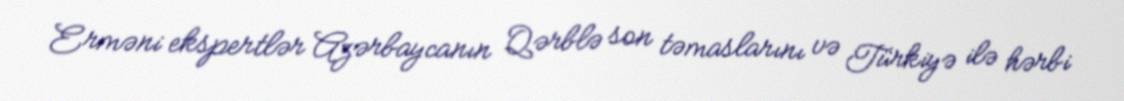
Erməni ekspertlər Azərbaycanın Qərblə son təmaslarını və Türkiyə ilə hərbi